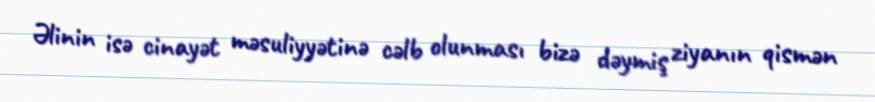
Əlinin isə cinayət məsuliyyətinə cəlb olunması bizə dəymiş ziyanın qismən